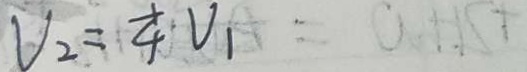
V _ { 2 } = \frac { 1 } { 4 } V _ { 1 }